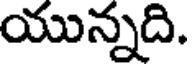
యున్నది.